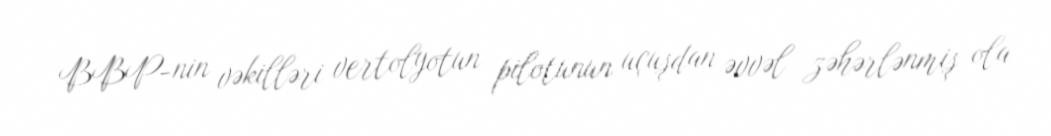
BBP-nin vəkilləri vertolyotun pilotunun uçuşdan əvvəl zəhərlənmiş ola